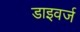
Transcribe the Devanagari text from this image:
डाइवर्ज